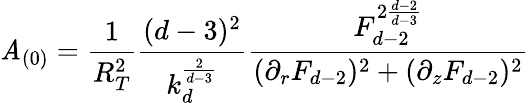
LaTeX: \mathit{A}_{(0)}=\frac{{1}}{{R_{T}^{2}}}\frac{{(d-3)^{2}}}{{k_{d}^{\frac{{2}}{{d-3}}}}}\frac{{F_{d-2}^{2\frac{{d-2}}{{d-3}}}}}{{(\partial_{r}F_{d-2})^{2}+(\partial_{z}F_{d-2})^{2}}}